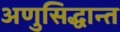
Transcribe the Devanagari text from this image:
अणुसिद्धान्त